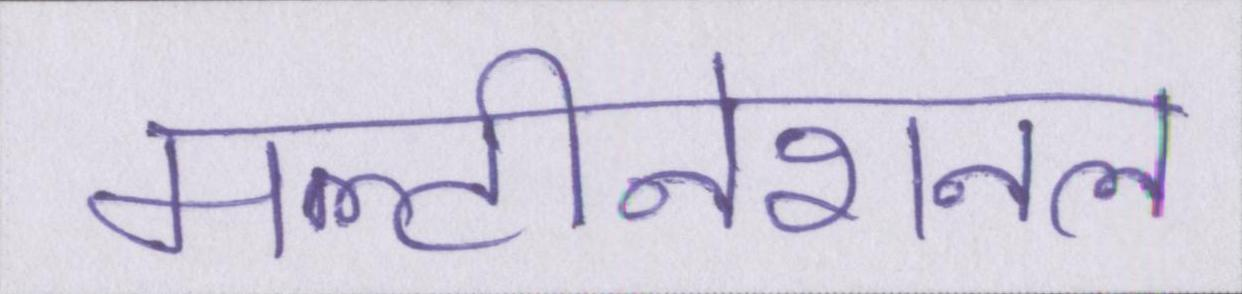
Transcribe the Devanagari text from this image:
मल्टीनेशनल